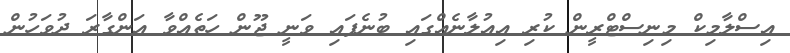
އިސްލާމިކް މިނިސްޓްރީން ކުރި އިއުލާނެއްގައި ބުނެފައި ވަނީ ޖޫން ހަތެއްވާ އަންގާރަ ދުވަހުން